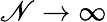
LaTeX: \mathscr{N}\rightarrow\infty